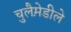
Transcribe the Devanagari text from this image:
चुलैमे़डीले